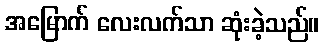
အမြောက် လေးလက်သာ ဆုံးခဲ့သည်။